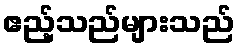
ဧည့်သည်များသည်